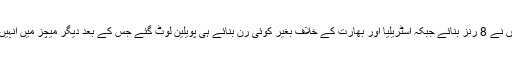
انگلینڈ کیخلاف انہوں نے 8 رنز بنائے جبکہ آسٹریلیا اور بھارت کے خلاف بغیر کوئی رن بنائے ہی پویلین لوٹ گئے جس کے بعد دیگر میچز میں انہیں شامل نہیں کیا گیا۔